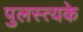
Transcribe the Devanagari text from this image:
पुलस्त्यके